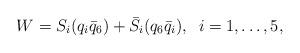
LaTeX: \begin{align*}W=S_i (q_i \bar{q}_6) + \bar{S}_i (q_6 \bar{q}_i), \; \; i=1,\ldots,5,\end{align*}